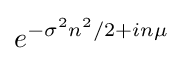
e^{-\sigma ^{2}n^{2}/2+in\mu }